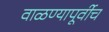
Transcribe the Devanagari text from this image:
वाळण्यापूर्वीच